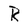
Character: R